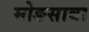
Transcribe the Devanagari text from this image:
मोङसाबा